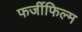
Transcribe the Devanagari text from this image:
फर्जीफिल्म